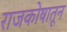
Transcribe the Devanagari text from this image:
राजकोषातून